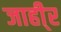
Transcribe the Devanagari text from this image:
जाही्र